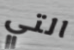
التي